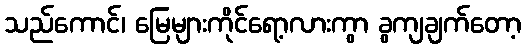
သည်ကောင်၊ မြေများကိုင်ရော့လားကွာ ခွကျချက်တော့